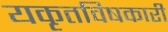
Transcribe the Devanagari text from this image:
यकृतविषकारी